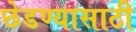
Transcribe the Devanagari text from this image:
छेडण्यासाठी